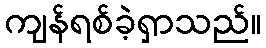
ကျန်ရစ်ခဲ့ရှာသည်။